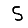
Digit: 5